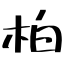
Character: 柏